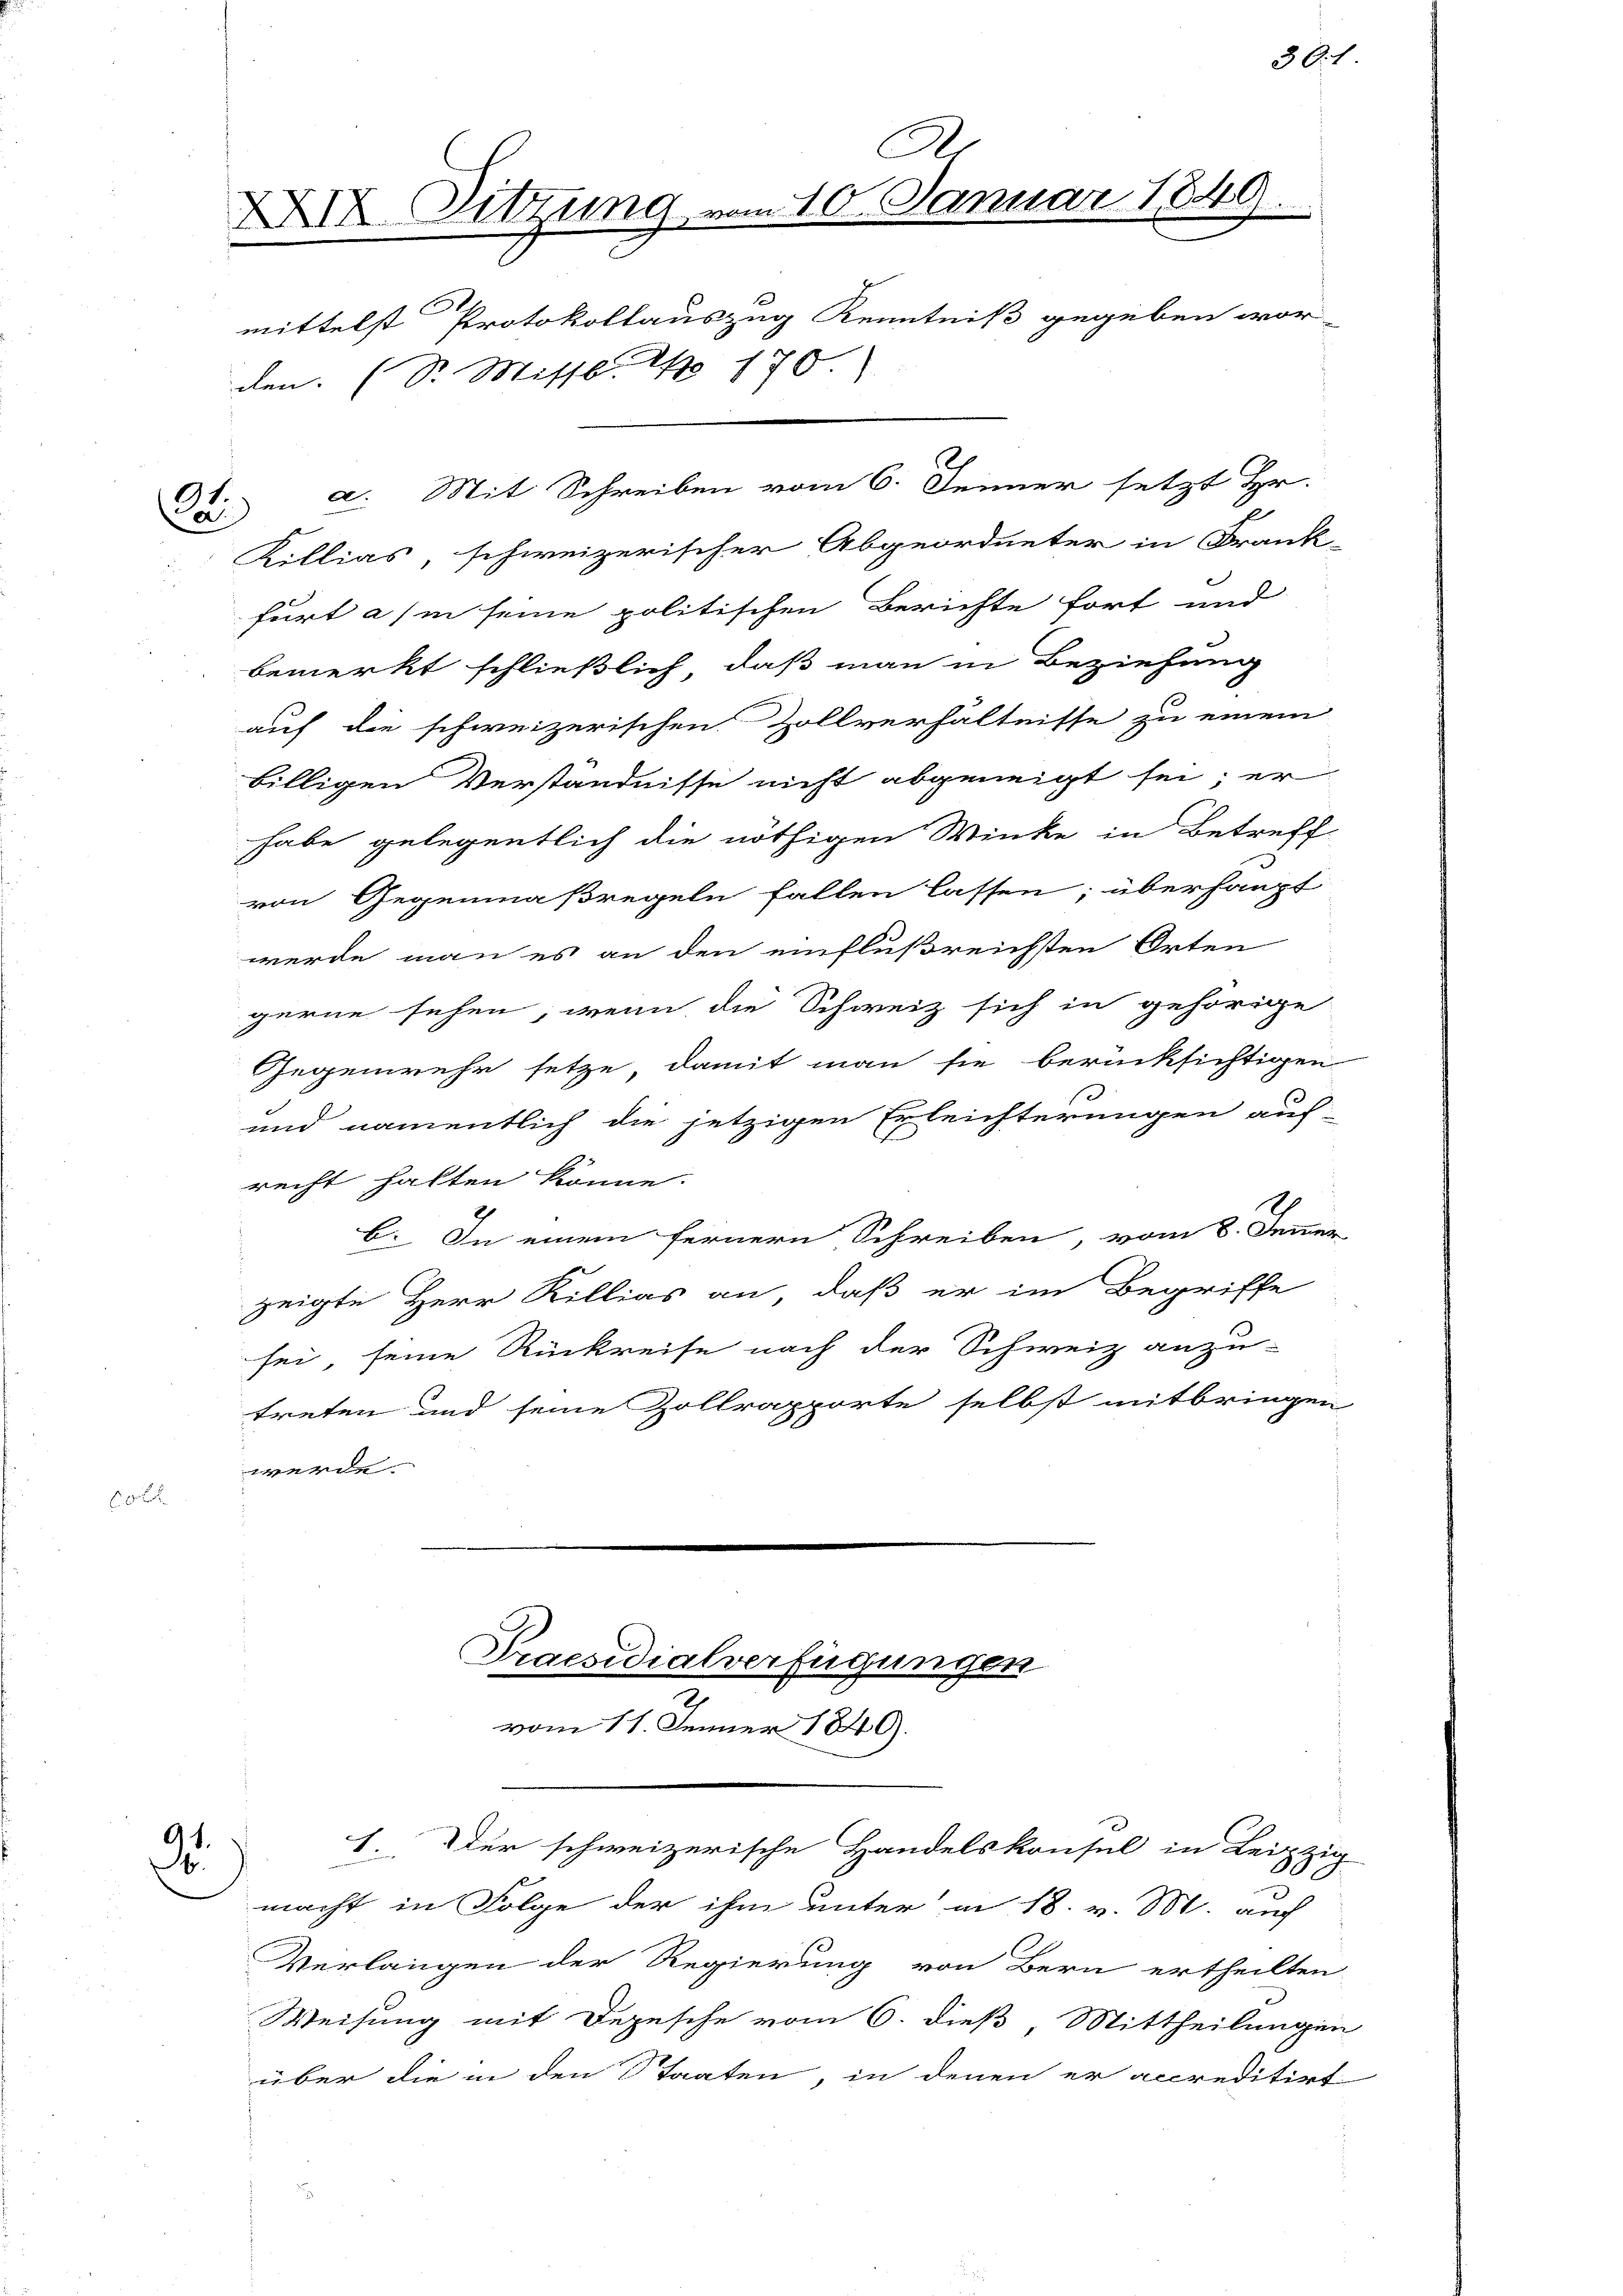
Cai

9.

A
XXIX Sitzung vom 10. Januar 1849.
den. (S. Missb. No 170.
a. Mit Schreiben vom 6. Jenner setzt Hr.

Killias, schweizerischer Abgeordneter in Frank-
furt a/m seine politischen Berichte fort und
bemerkt schließlich, daß man in Beziehung
auf die schweizerischen Zollverhältnisse zu einem
billigen Verständnisse nicht abgeneigt sei; er
habe gelegentlich die nöthigen Winke in Betreff
von Gegenmaßregeln fallen lassen; überhaupt
werde man es an den einflußreichsten Orten
gerne sehen, wenn die Schweiz sich in gehörige
Gegenwehr setze, damit man sie berücksichtigen
und namentlich die jetzigen Erleichterungen auf-
recht halten könne.
b. In einem fernern Schreiben, vom 8. Jener
zeigte Herr Rillias an, daß er im Begriffe
sei seine Rückreise nach der Schweiz anzu-
treten und seine Zollrapporte selbst mitbringen
werde.

vom 11. Jenner 1840.

mittelst Protokollauszug Kenntniß gegeben wor-

Praesidialverfügungen

1.Der schweizerische Handelskonsul in Leipzig

macht in Folge der ihm unter in 18. v. M. auch
Verlangen der Regierung von Bern ertheilten
Weisung mit Depesche vom 6. dieß, Mittheilungen
über die in den Staaten, in denen er accreditirt

3O.1